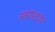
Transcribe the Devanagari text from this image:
स्वरास्तथा